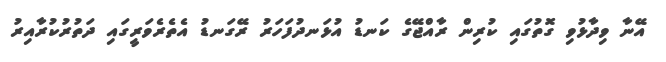
އޭނާ ވިދާޅުވި ގޮތުގައި ކުރިން ރާއްޖޭގެ ކަނޑު އުޅަނދުފަހަރު ރޭގަނޑު އެތެރެވަރީގައި ދަތުރުކުރާއިރު